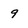
Character: 9